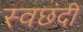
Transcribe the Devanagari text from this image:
स्वछंदी